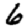
Digit: 6